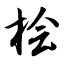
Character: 桧